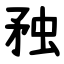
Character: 䂈